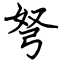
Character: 弩